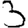
Digit: 3